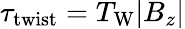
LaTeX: \tau_{\mathrm{twist}}=T_{\mathrm{W}}|B_{z}|